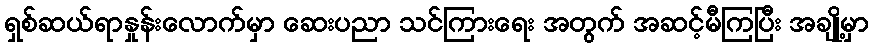
ရှစ်ဆယ်ရာနှုန်းလောက်မှာ ဆေးပညာ သင်ကြားရေး အတွက် အဆင့်မီကြပြီး အချို့မှာ